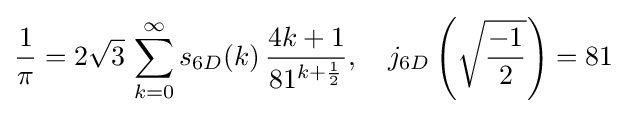
{\frac {1}{\pi }}=2{\sqrt {3}}\,\sum _{k=0}^{\infty }s_{6D}(k)\,{\frac {4k+1}{81^{k+{\frac {1}{2}}}}},\quad j_{6D}\left({\sqrt {\frac {-1}{2}}}\right)=81